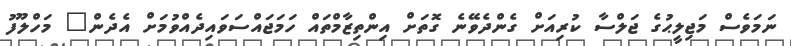
ނަމަވެސް މަޖިލީޙުގެ ޖަލްސާ ކުރިއަށް ގެންދެވޭނެ ގޮތަށް އިންތިޒާމްތައް ހަމަޖައްސަވައިދެއްވުމަށް އެދެން" މަހްލޫފު